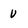
Character: u